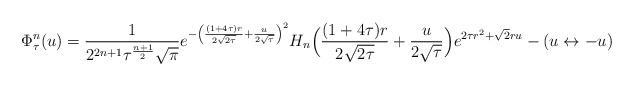
LaTeX: \begin{align*}\Phi_\tau^n(u)=\frac1{2^{2n+1}\tau^{\frac{n+1}2}\sqrt\pi}e^{-\left(\frac{(1+4\tau)r}{2\sqrt{2\tau}}+\frac u{2\sqrt\tau}\right)^2}H_n\Big(\frac{(1+4\tau)r}{2\sqrt{2\tau}}+\frac u{2\sqrt\tau}\Big)e^{2\tau r^2+\sqrt2ru}-(u\leftrightarrow -u)\end{align*}